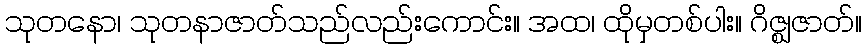
သုတနော၊ သုတနာဇာတ်သည်လည်းကောင်း။ အထ၊ ထိုမှတစ်ပါး။ ဂိဇ္ဈဇာတ်။